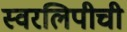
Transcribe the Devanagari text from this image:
स्वरलिपीची